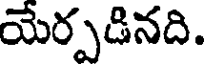
యేర్పడినది.